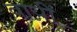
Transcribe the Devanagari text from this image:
वायीं